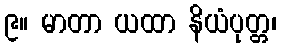
၉။ မာတာ ယထာ နိယံပုတ္တ၊